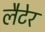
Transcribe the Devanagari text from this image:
लैटेर